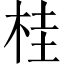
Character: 桂